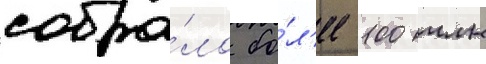
собра́ло бо́л'ее 100 млн